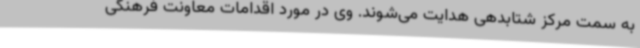
به سمت مرکز شتابدهی هدایت می‌شوند. وی در مورد اقدامات معاونت فرهنگی